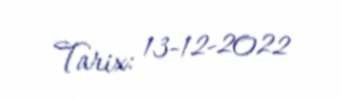
Tarix: 13-12-2022